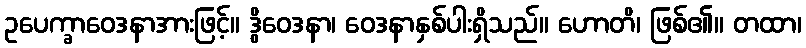
ဥပေက္ခာဝေဒနာအားဖြင့်။ ဒွိဝေဒနာ၊ ဝေဒနာနှစ်ပါးရှိသည်။ ဟောတိ၊ ဖြစ်၏။ တထာ၊